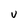
Character: v